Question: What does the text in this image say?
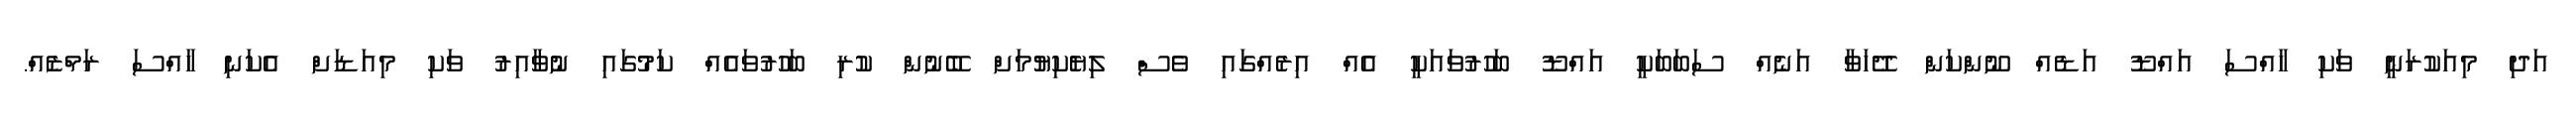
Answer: އަދި މިއަކުރަނީ ވަކި ހާއްސަ އައްޑޫ އަޑެއް ނޫންކަން ދޭހަވާ އަނެއް ސަބަބަކީ އައްޑޫ ބަހުރުވައަކީ އެއް އިރެއްގައި ވެސް ލިޔެކިޔުމަށް ބޭނުން ކުރި ބަހުރުވައެއް ކަމުގައި ނުވާއިރު ވަކި މިއަޑަށް އެކަނި ހާއްސަ ރަމްޒެއް.